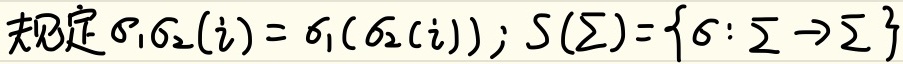
规定\(\sigma_1\sigma_2(i)=\sigma_1(\sigma_2(i))\)；\(S(\Sigma)=\{\sigma:\Sigma\to\Sigma\}\)